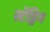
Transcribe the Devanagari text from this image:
स्टेंड्रिग